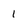
Character: 1